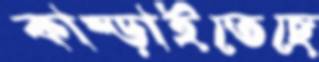
কাম্‌ড়াইতেছে